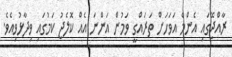
ރާއްޖޭގައި އެންމެ އަވަހަށް ތަރައްގީ ވަމުން އަންނަ އެއް ކޮލެޖު ކަމުގައި ވިދާޅުވިއެވެ.